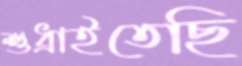
শুধ্‌রাইতেছি